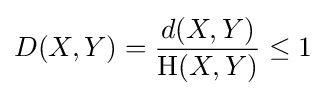
D(X,Y)={\frac {d(X,Y)}{\mathrm {H} (X,Y)}}\leq 1